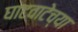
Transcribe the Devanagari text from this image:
घाटवाटेच्या